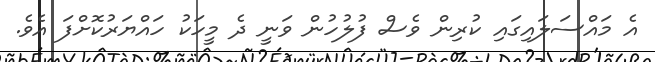
އެ މައްސަލައިގައި ކުރިން ވެސް ފުލުހުން ވަނީ ދެ މީހަކު ހައްޔަރުކޮށްފަ އެވެ.